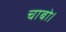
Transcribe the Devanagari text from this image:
चाबो।